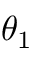
\theta _ { 1 }